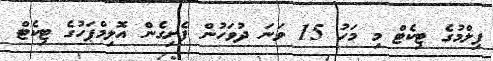
ފިލްމުގެ ޓިކެޓް މި މަހު 15 ވަނަ ދުވަހުން ފެށިގެން އޮލިމްޕަހުގެ ޓިކެޓް